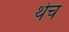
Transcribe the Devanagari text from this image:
थेच